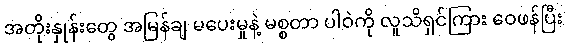
အတိုးနှုန်းတွေ အမြန်ချ မပေးမှုနဲ့ မစ္စတာ ပါဝဲကို လူသိရှင်ကြား ဝေဖန်ပြီး